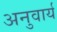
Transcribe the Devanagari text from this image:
अनुवार्य